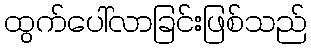
ထွက်ပေါ်လာခြင်းဖြစ်သည်